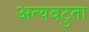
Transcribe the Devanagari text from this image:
अत्यवटुता